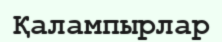
Қалампырлар